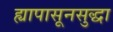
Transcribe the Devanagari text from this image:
ह्यापासूनसुद्धा